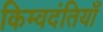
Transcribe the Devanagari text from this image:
किम्वदंतियाँ